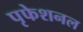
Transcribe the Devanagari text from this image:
पृफेशनल